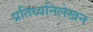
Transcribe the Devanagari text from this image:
प्रतिध्वनिलेखन